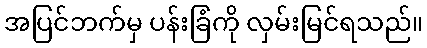
အပြင်ဘက်မှ ပန်းခြံကို လှမ်းမြင်ရသည်။